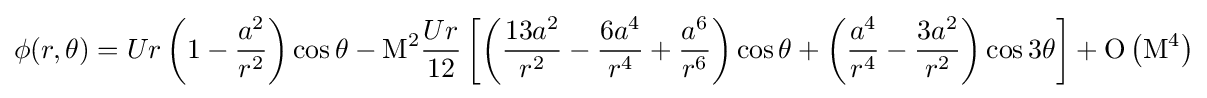
\phi (r,\theta )=Ur\left(1-{\frac {a^{2}}{r^{2}}}\right)\cos \theta -\mathrm {M} ^{2}{\frac {Ur}{12}}\left[\left({\frac {13a^{2}}{r^{2}}}-{\frac {6a^{4}}{r^{4}}}+{\frac {a^{6}}{r^{6}}}\right)\cos \theta +\left({\frac {a^{4}}{r^{4}}}-{\frac {3a^{2}}{r^{2}}}\right)\cos 3\theta \right]+\mathrm {O} \left(\mathrm {M} ^{4}\right)